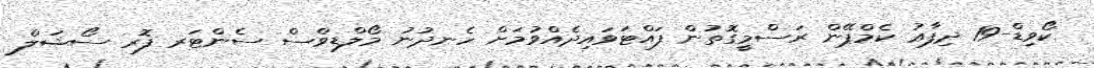
ކޯވިޑް-19 ދިފާޢު ކެމްޕޭން ރަސްމީގޮތުން ފައްޓަވައިދެއްވުމަށް ހެނދުނު މޯލްޑިވްސް ސެންޓަރ ފޮރ ސޯޝަލް